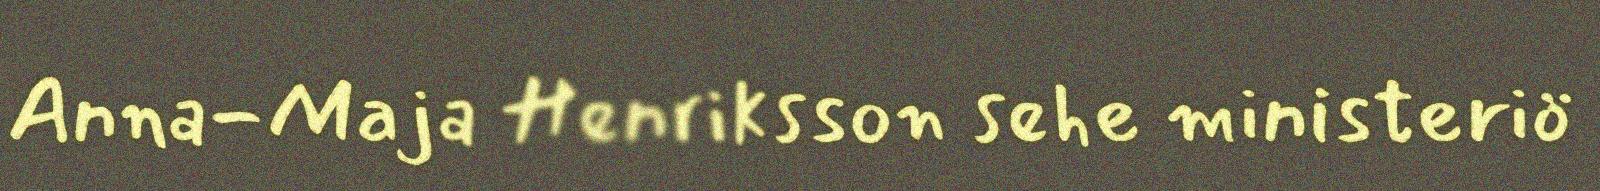
Anna-Maja Henriksson sehe ministeriö